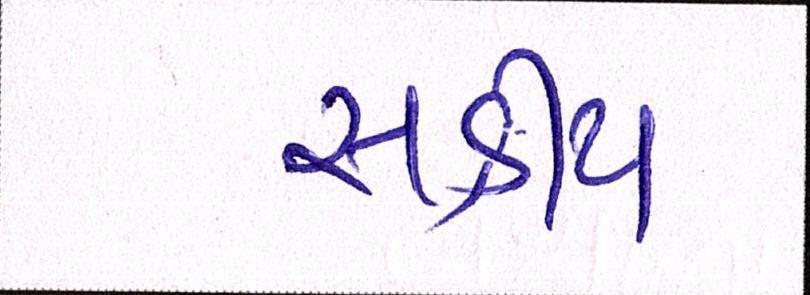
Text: સક્રીય